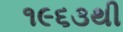
૧૯૬૩થી